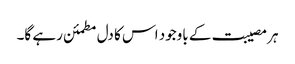
ہر مصیبت کے باوجود اس کا دل مطمئن رہے گا۔